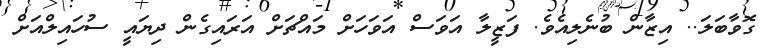
ގޮވާބަލަ.. އިޒާން ބުނެލިއެވެ. ފަޒީލާ އަވަސް އަވަހަށް މައްޗަށް އަރައިގެން ދިޔައީ ސުހައިލްއަށް